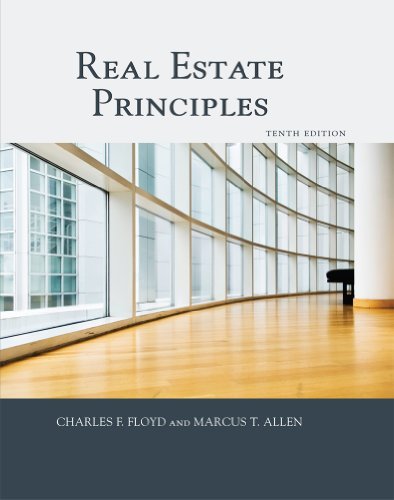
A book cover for Real Estate Principles 1427724881 9781427724885; Marcus T. Allen Charles F. Floyd; Business & Money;